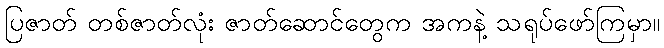
ပြဇာတ် တစ်ဇာတ်လုံး ဇာတ်ဆောင်တွေက အကနဲ့ သရုပ်ဖော်ကြမှာ။